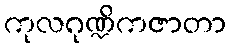
ကုလဂုဏ္ဍိကဇာတာ